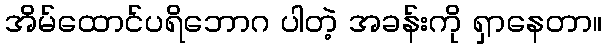
အိမ်ထောင်ပရိဘောဂ ပါတဲ့ အခန်းကို ရှာနေတာ။